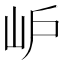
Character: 𡵘